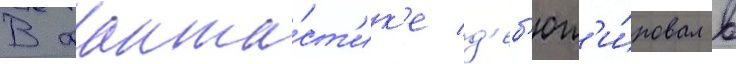
В фанта́ст'ик'е д'еб'ют'и́ровал в